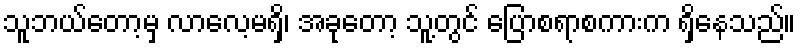
သူဘယ်တော့မှ လာလေ့မရှိ၊ အခုတော့ သူ့တွင် ပြောစရာစကားက ရှိနေသည်။